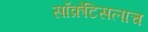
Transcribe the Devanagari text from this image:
सॉक्रेटिसलाच